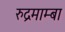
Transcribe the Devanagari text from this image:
रुद्रमाम्बा